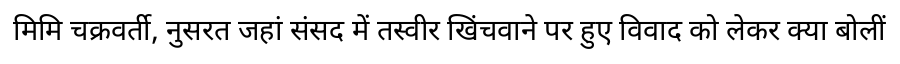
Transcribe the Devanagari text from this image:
मिमि चक्रवर्ती, नुसरत जहां संसद में तस्वीर खिंचवाने पर हुए विवाद को लेकर क्या बोलीं